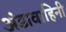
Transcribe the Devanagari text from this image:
अंडावाहिनी